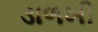
ડાળખી